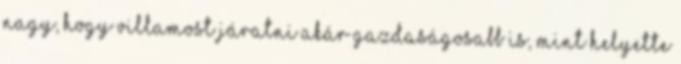
nagy, hogy villamost járatni akár gazdaságosabb is, mint helyette